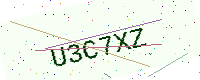
Text: U3C7XZ